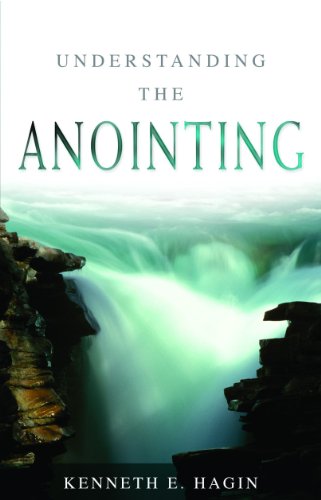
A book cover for Understanding the Anointing; Kenneth E. Hagin; Christian Books & Bibles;